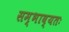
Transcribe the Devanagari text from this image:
सम्भाव्यतः